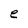
Character: e